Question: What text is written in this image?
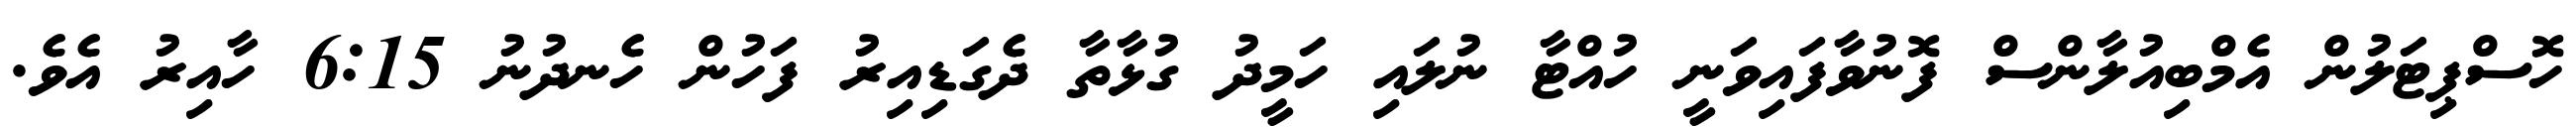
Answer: ހޮސްޕިޓަލުން އެމްބިއުލާންސް ފޮނުވާފައިވަނީ ހުއްޓާ ނުލައި ހަމީދު ގުޅާތާ ދެގަޑިއިރު ފަހުން ހެނދުނު 6:15 ހާއިރު އެވެ.